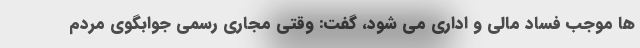
ها موجب فساد مالی و اداری می شود، گفت: وقتی مجاری رسمی جوابگوی مردم